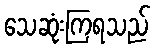
သေဆုံးကြရသည်